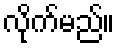
လိုက်မည်။